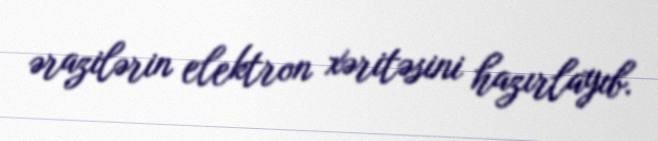
ərazilərin elektron xəritəsini hazırlayıb.